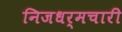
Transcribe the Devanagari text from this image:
निजधर्मचारी